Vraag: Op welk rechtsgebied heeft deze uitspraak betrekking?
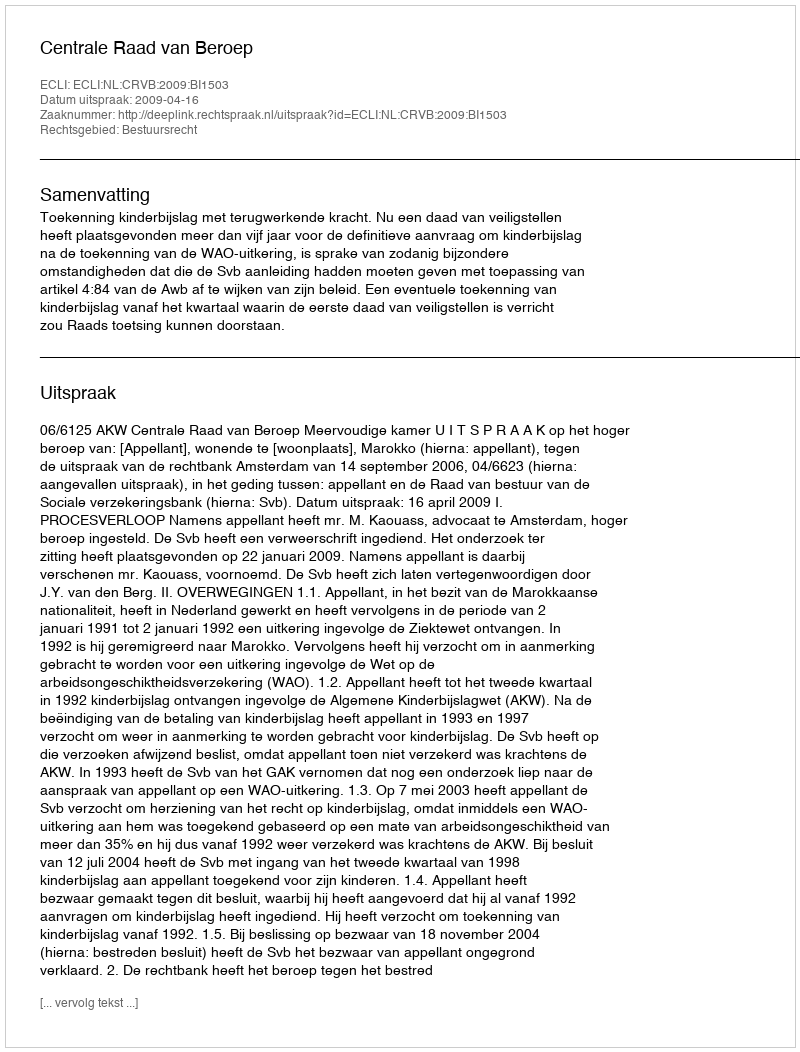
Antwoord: Bestuursrecht